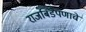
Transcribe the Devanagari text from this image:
राजबिंडेपणाचे